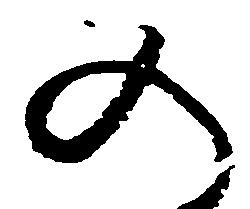
の